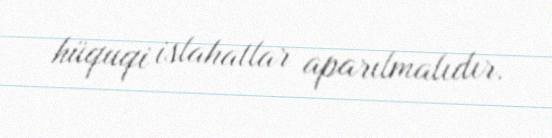
hüquqi islahatlar aparılmalıdır.